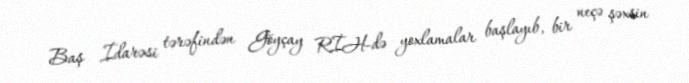
Baş İdarəsi tərəfindən Göyçay RİH-də yoxlamalar başlayıb, bir neçə şəxsin